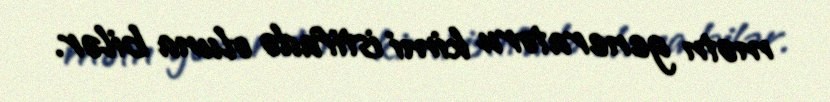
mətn generatoru kimi istifadə oluna bilər.